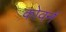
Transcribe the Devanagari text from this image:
कोवर्न